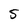
Character: 5